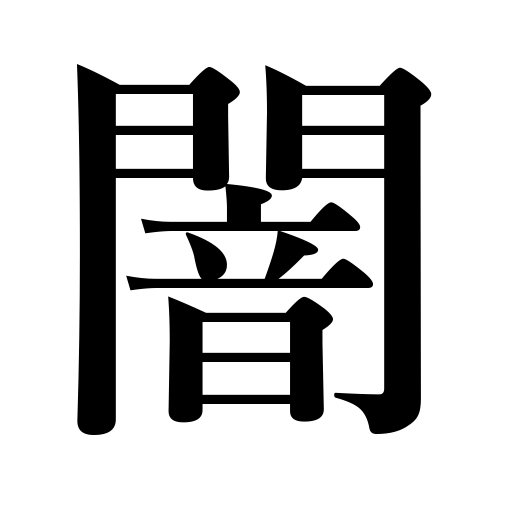
Meanings: darkness,gloom,grief,disorder,black market